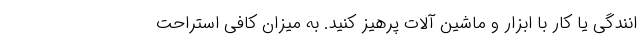
انندگی یا کار با ابزار و ماشین آلات پرهیز کنید. به میزان کافی استراحت